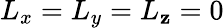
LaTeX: L_{x}=L_{y}=L_{\mathbf{z}}=0